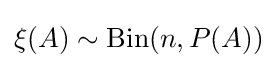
\xi (A)\sim \operatorname {Bin} (n,P(A))